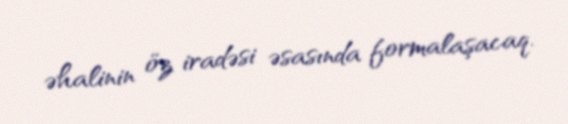
əhalinin öz iradəsi əsasında formalaşacaq.